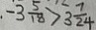
- 3 \frac { 5 } { 1 8 } > 3 \frac { 7 } { 2 4 }